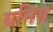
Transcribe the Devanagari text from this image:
वनिस